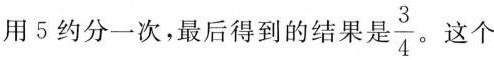
用5约分一次，最后得到的结果是\frac{3}{4}。这个